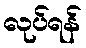
လုပ်ရန်